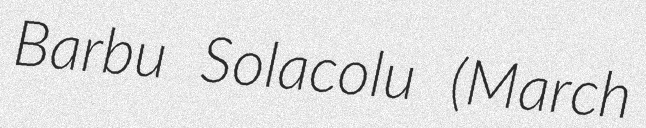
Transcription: Barbu Solacolu (March